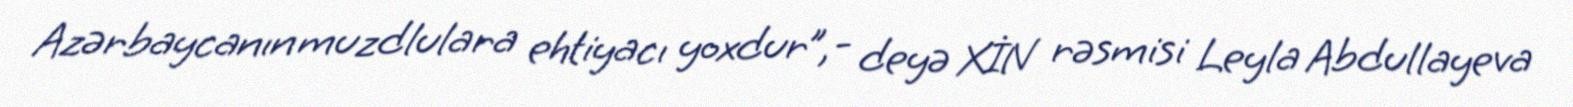
Azərbaycanın muzdlulara ehtiyacı yoxdur”,- deyə XİN rəsmisi Leyla Abdullayeva